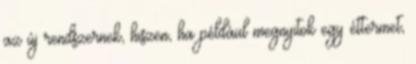
az új rendszernek, hiszen, ha például megnyitok egy éttermet,